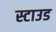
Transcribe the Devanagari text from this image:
स्टाउड